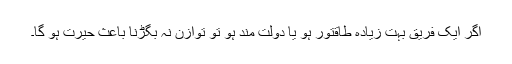
اگر ایک فریق بہت زیادہ طاقتور ہو یا دولت مند ہو تو توازن نہ بگڑنا باعثِ حیرت ہو گا۔